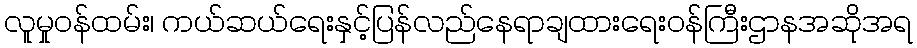
လူမှုဝန်ထမ်း၊ ကယ်ဆယ်ရေးနှင့်ပြန်လည်နေရာချထားရေးဝန်ကြီးဌာနအဆိုအရ